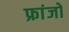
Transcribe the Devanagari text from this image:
फ्रांजो